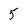
Character: 5